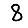
Digit: 8